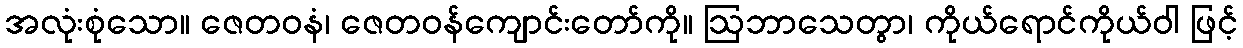
အလုံးစုံသော။ ဇေတဝနံ၊ ဇေတဝန်ကျောင်းတော်ကို။ ဩဘာသေတွာ၊ ကိုယ်ရောင်ကိုယ်ဝါ ဖြင့်